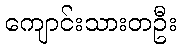
ကျောင်းသားတဦး